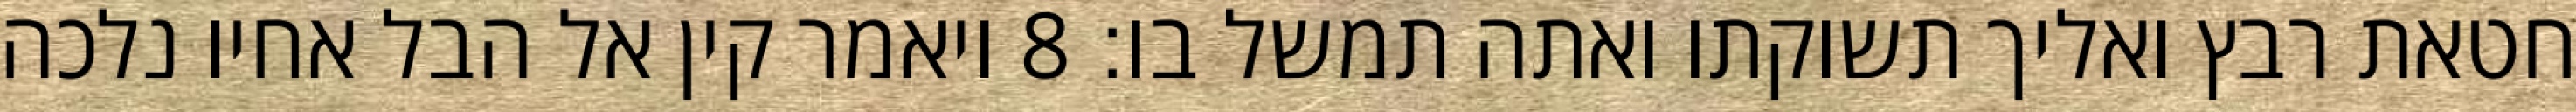
חטאת רבץ ואליך תשוקתו ואתה תמשל בו׃ ‎8‏ ויאמר קין אל הבל אחיו נלכה